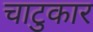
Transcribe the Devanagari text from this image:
चाटुकार